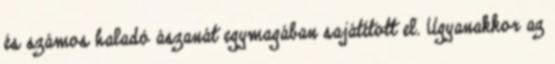
és számos haladó ászanát egymagában sajátított el. Ugyanakkor az